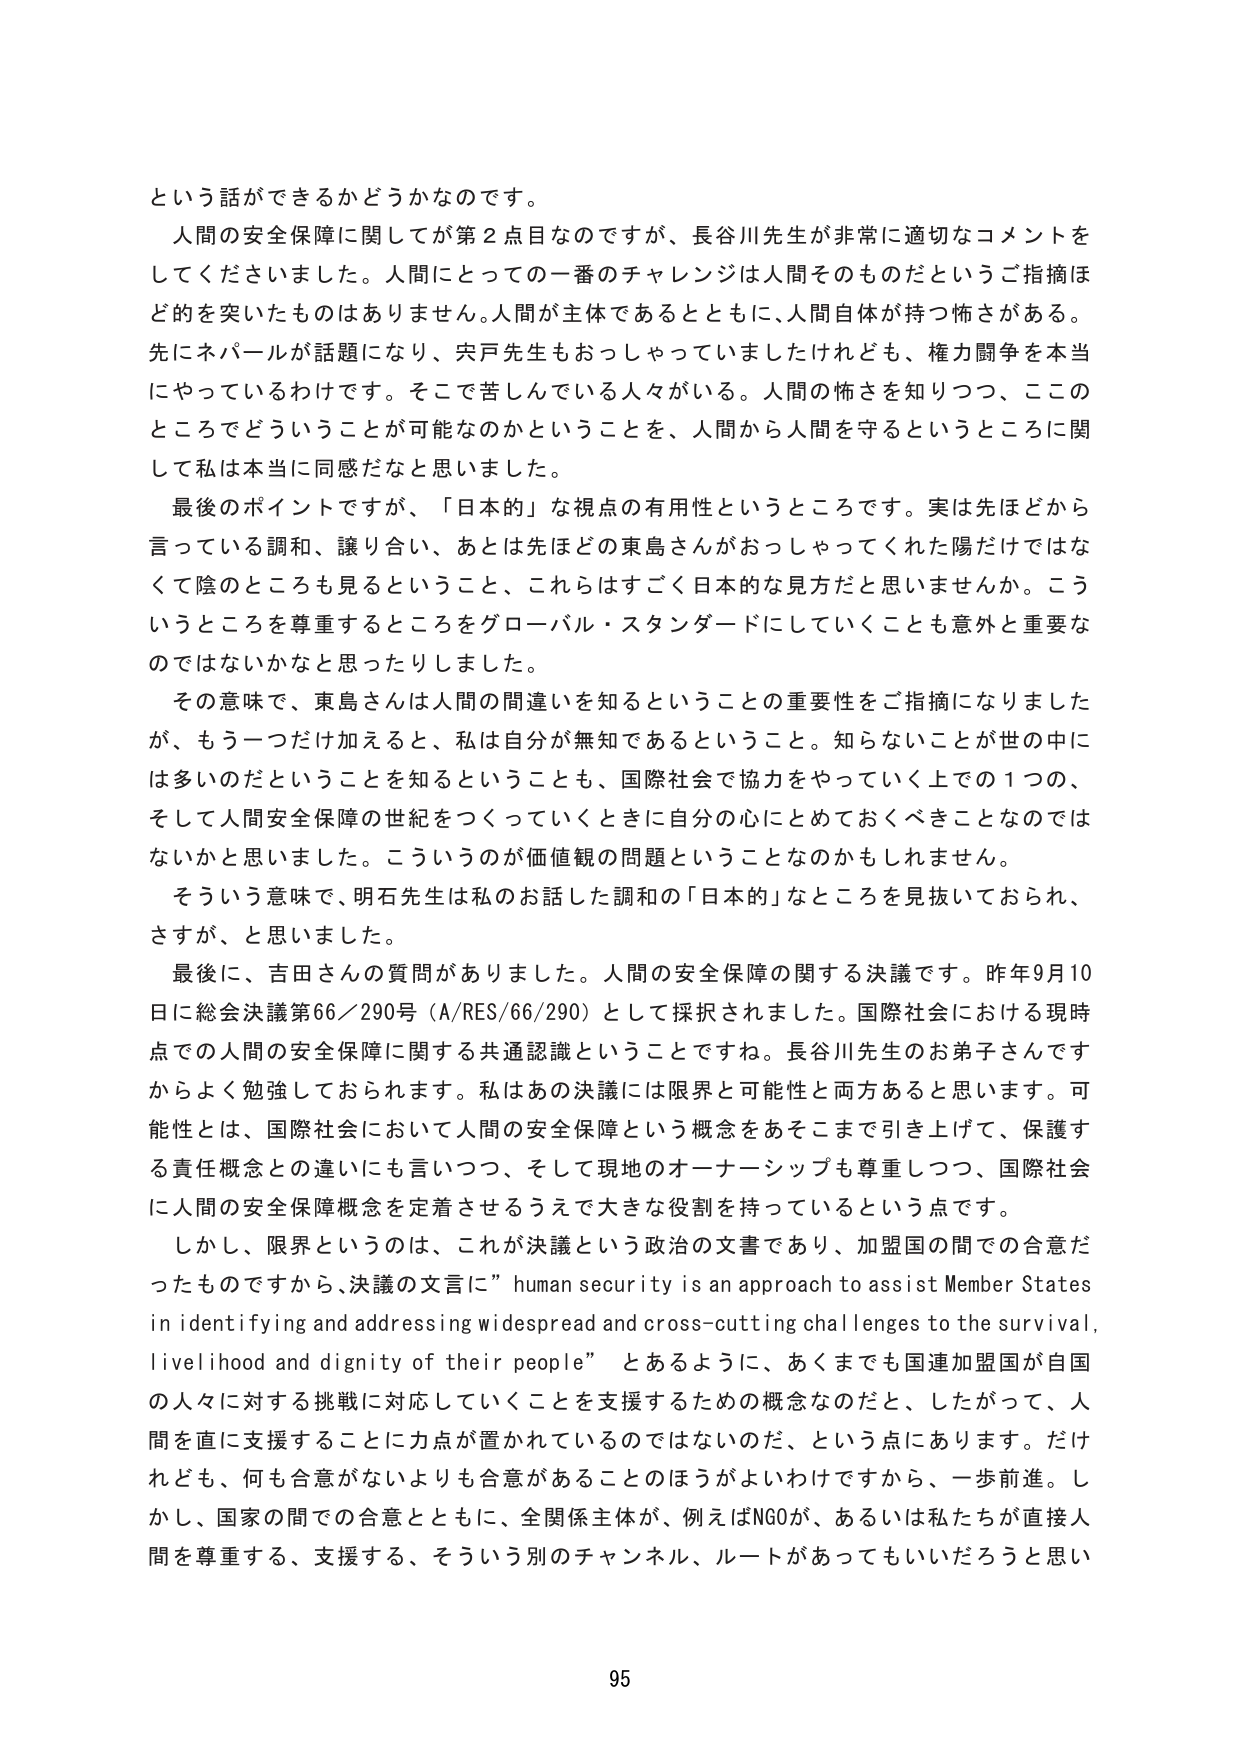
という話ができるかどうかなのです。

人間の安全保障に関してが第2点目なのですが、長谷川先生が非常に適切なコメントを
してくださいました。人間にとっての一番のチャレンジは人間そのものだというご指摘ほ
どを突いたものはありません。人間が主体であるとともに、人間自体が持つ怖さがある。
先にネパールが話題になり、宍戸先生もおっしゃっていましたけれども、権力闘争を本当
にやっているわけです。そこで苦しんでいる人々がいる。人間の怖さを知りつつ、この
ところでどういうことが可能なのかということを、人間から人間を守るというところに関
して私は本当に同感だなと思いました。

最後のポイントですが、「日本の」な視点の有用性というところです。実は先ほどから
言っている調和、譲り合い、あとは先ほどの東島さんがおっしゃってくれた陽だけではな
くて陰のところも見るということ、これらはすごく日本的な見方だと思いませんか。こう
いうところを尊重するところをグローバル・スタンダードにしていくことも意外と重要な
のではないかなと思ったりしました。

その意味で、東島さんは人間の間違いを知るということの重要性をご指摘になりました
が、もう一つだけ加えると、私は自分が無知であるということ。知らないことが世の中に
は多いのだということを知るということも、国際社会で協力をやっていく上での1つの、
そして人間安全保障の世紀をつくっていくときに自分の心にとめておくべきことなのでは
ないかと思いました。こういうのが価値観の問題ということなのかもしれません。

そういう意味で、明石先生は私のお話した調和の「日本的」なところを見抜いておられ、
さすが、と思いました。

最後に、吉田さんの質問がありました。人間の安全保障に関する決議です。昨年9月10
日に総会決議第66/290号（A/RES/66/290）として採択されました。国際社会における現時
点での人間の安全保障に関する共通認識ということですね。長谷川先生のお弟子さんです
からよく勉強しておられます。私はあの決議には限界と可能性と両方あると思います。可
能性とは、国際社会において人間の安全保障という概念をあそこまで引き上げて、保護す
る責任概念との違いにも言いつつ、そして現地のオーナーシップも尊重しつつ、国際社会
に人間の安全保障概念を定着させるうえで大きな役割を持っているという点です。

しかし、限界というのは、これが決議という政治的文書であり、加盟国の間での合意だ
ったものですから、決議の文言に” human security is an approach to assist Member States
in identifying and addressing widespread and cross-cutting challenges to the survival,
livelihood and dignity of their people” とあるように、あくまでも国連加盟国が自国
の人々に対する挑戦に対応していくことを支援するための概念なのだと、したがって、人
間を直に支援することに力点が置かれているのではないのだ、という点にあります。だけ
れども、何も合意がないよりも合意があることのほうがよいわけですから、一歩前進。し
かし、国家の間での合意とともに、全関係主体が、例えばNGOが、あるいは私たちが直接人
間を尊重する、支援する、そういう別のチャンネル、ルートがあってもいいだろうと思い

95